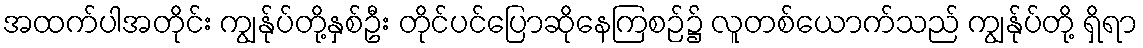
အထက်ပါအတိုင်း ကျွန်ုပ်တို့နှစ်ဦး တိုင်ပင်ပြောဆိုနေကြစဉ်၌ လူတစ်ယောက်သည် ကျွန်ုပ်တို့ ရှိရာ